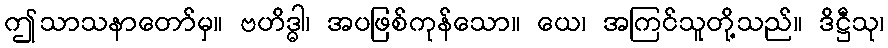
ဤသာသနာတော်မှ။ ဗဟိဒ္ဓါ၊ အပဖြစ်ကုန်သော။ ယေ၊ အကြင်သူတို့သည်။ ဒိဋ္ဌီသု၊